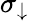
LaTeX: \sigma_{\downarrow}